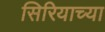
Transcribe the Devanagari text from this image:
सिरियाच्या